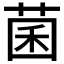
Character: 菌